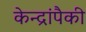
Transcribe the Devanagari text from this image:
केन्द्रांपैकी